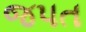
જપત